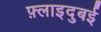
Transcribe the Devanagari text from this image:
फ़्लाइदुबई